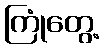
ကြုံတွေ့